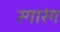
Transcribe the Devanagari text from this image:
रगारंग